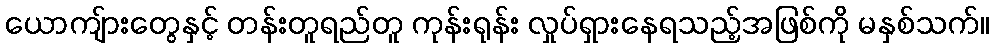
ယောကျ်ားတွေနှင့် တန်းတူရည်တူ ကုန်းရုန်း လှုပ်ရှားနေရသည့်အဖြစ်ကို မနှစ်သက်။